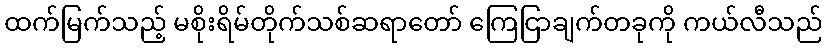
ထက်မြက်သည့် မစိုးရိမ်တိုက်သစ်ဆရာတော် ကြေငြာချက်တခုကို ကယ်လီသည်